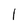
Character: 1